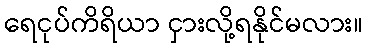
ရေငုပ်ကိရိယာ ငှားလို့ရနိုင်မလား။